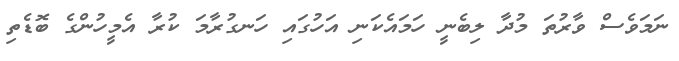
ނަމަވެސް ވާރުތަ މުދާ ލިބެނީ ހަމައެކަނި އަހުގައި ހަނގުރާމަ ކުރާ އެމީހުންގެ ބޮޑެތި